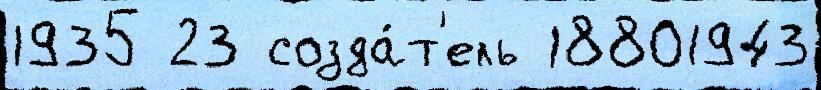
1935 23 созда́т'ель 18801943